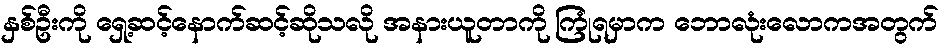
နှစ်ဦးကို ရှေ့ဆင့်နောက်ဆင့်ဆိုသလို အနားယူတာကို ကြုံရမှာက ဘောလုံးလောကအတွက်